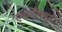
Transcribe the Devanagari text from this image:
एसटीक्यूसी